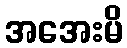
အအေးမိ